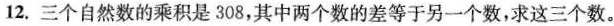
12. 三个自然数的乘积是308，其中两个数的差等于另一个数，求这三个数。